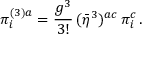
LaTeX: \pi _ { i } ^ { ( 3 ) a } = \frac { g ^ { 3 } } { 3 ! } \, ( \bar { \eta } ^ { 3 } ) ^ { a c } \, \pi _ { i } ^ { c } \, .